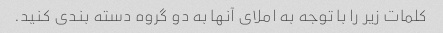
کلمات زیر را با توجه به املای آنها به دو گروه دسته بندی کنید.